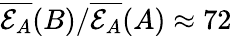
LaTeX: \overline{{\mathcal{E}_{A}}}(B)/\overline{{\mathcal{E}_{A}}}(A)\approx 72